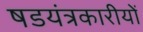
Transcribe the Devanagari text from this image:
षडयंत्रकारीयों